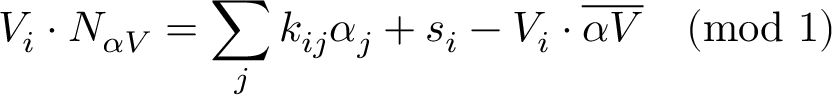
V _ { i } \cdot N _ { \alpha V } = \sum _ { j } k _ { i j } \alpha _ { j } + s _ { i } - V _ { i } \cdot \overline { { { \alpha V } } } \quad ( \mathrm { m o d \ 1 } )